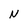
Character: N